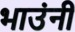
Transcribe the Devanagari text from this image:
भाउंनी